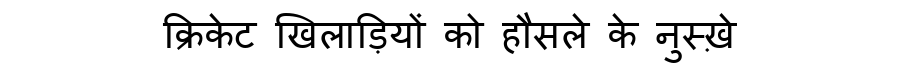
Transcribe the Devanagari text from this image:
क्रिकेट खिलाड़ियों को हौसले के नुस्ख़े